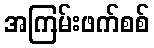
အကြမ်းဖက်စစ်